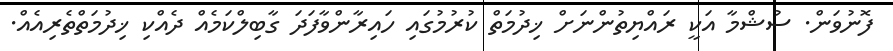
ފޮނުވަން. ސުޝްމާ އަކީ ރައްޔިތުންނަށް ޚިދުމަތް ކުރުމުގައި ހައިރާންވާފަދަ ގާބިލްކަމެއް ދެއްކި ޚިދުމަތްތެރިއެއް.